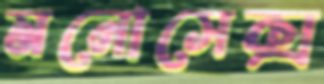
মনোসেক্স